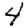
Digit: 4